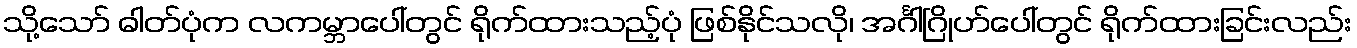
သို့သော် ဓါတ်ပုံက လကမ္ဘာပေါ်တွင် ရိုက်ထားသည့်ပုံ ဖြစ်နိုင်သလို၊ အင်္ဂါဂြိုဟ်ပေါ်တွင် ရိုက်ထားခြင်းလည်း